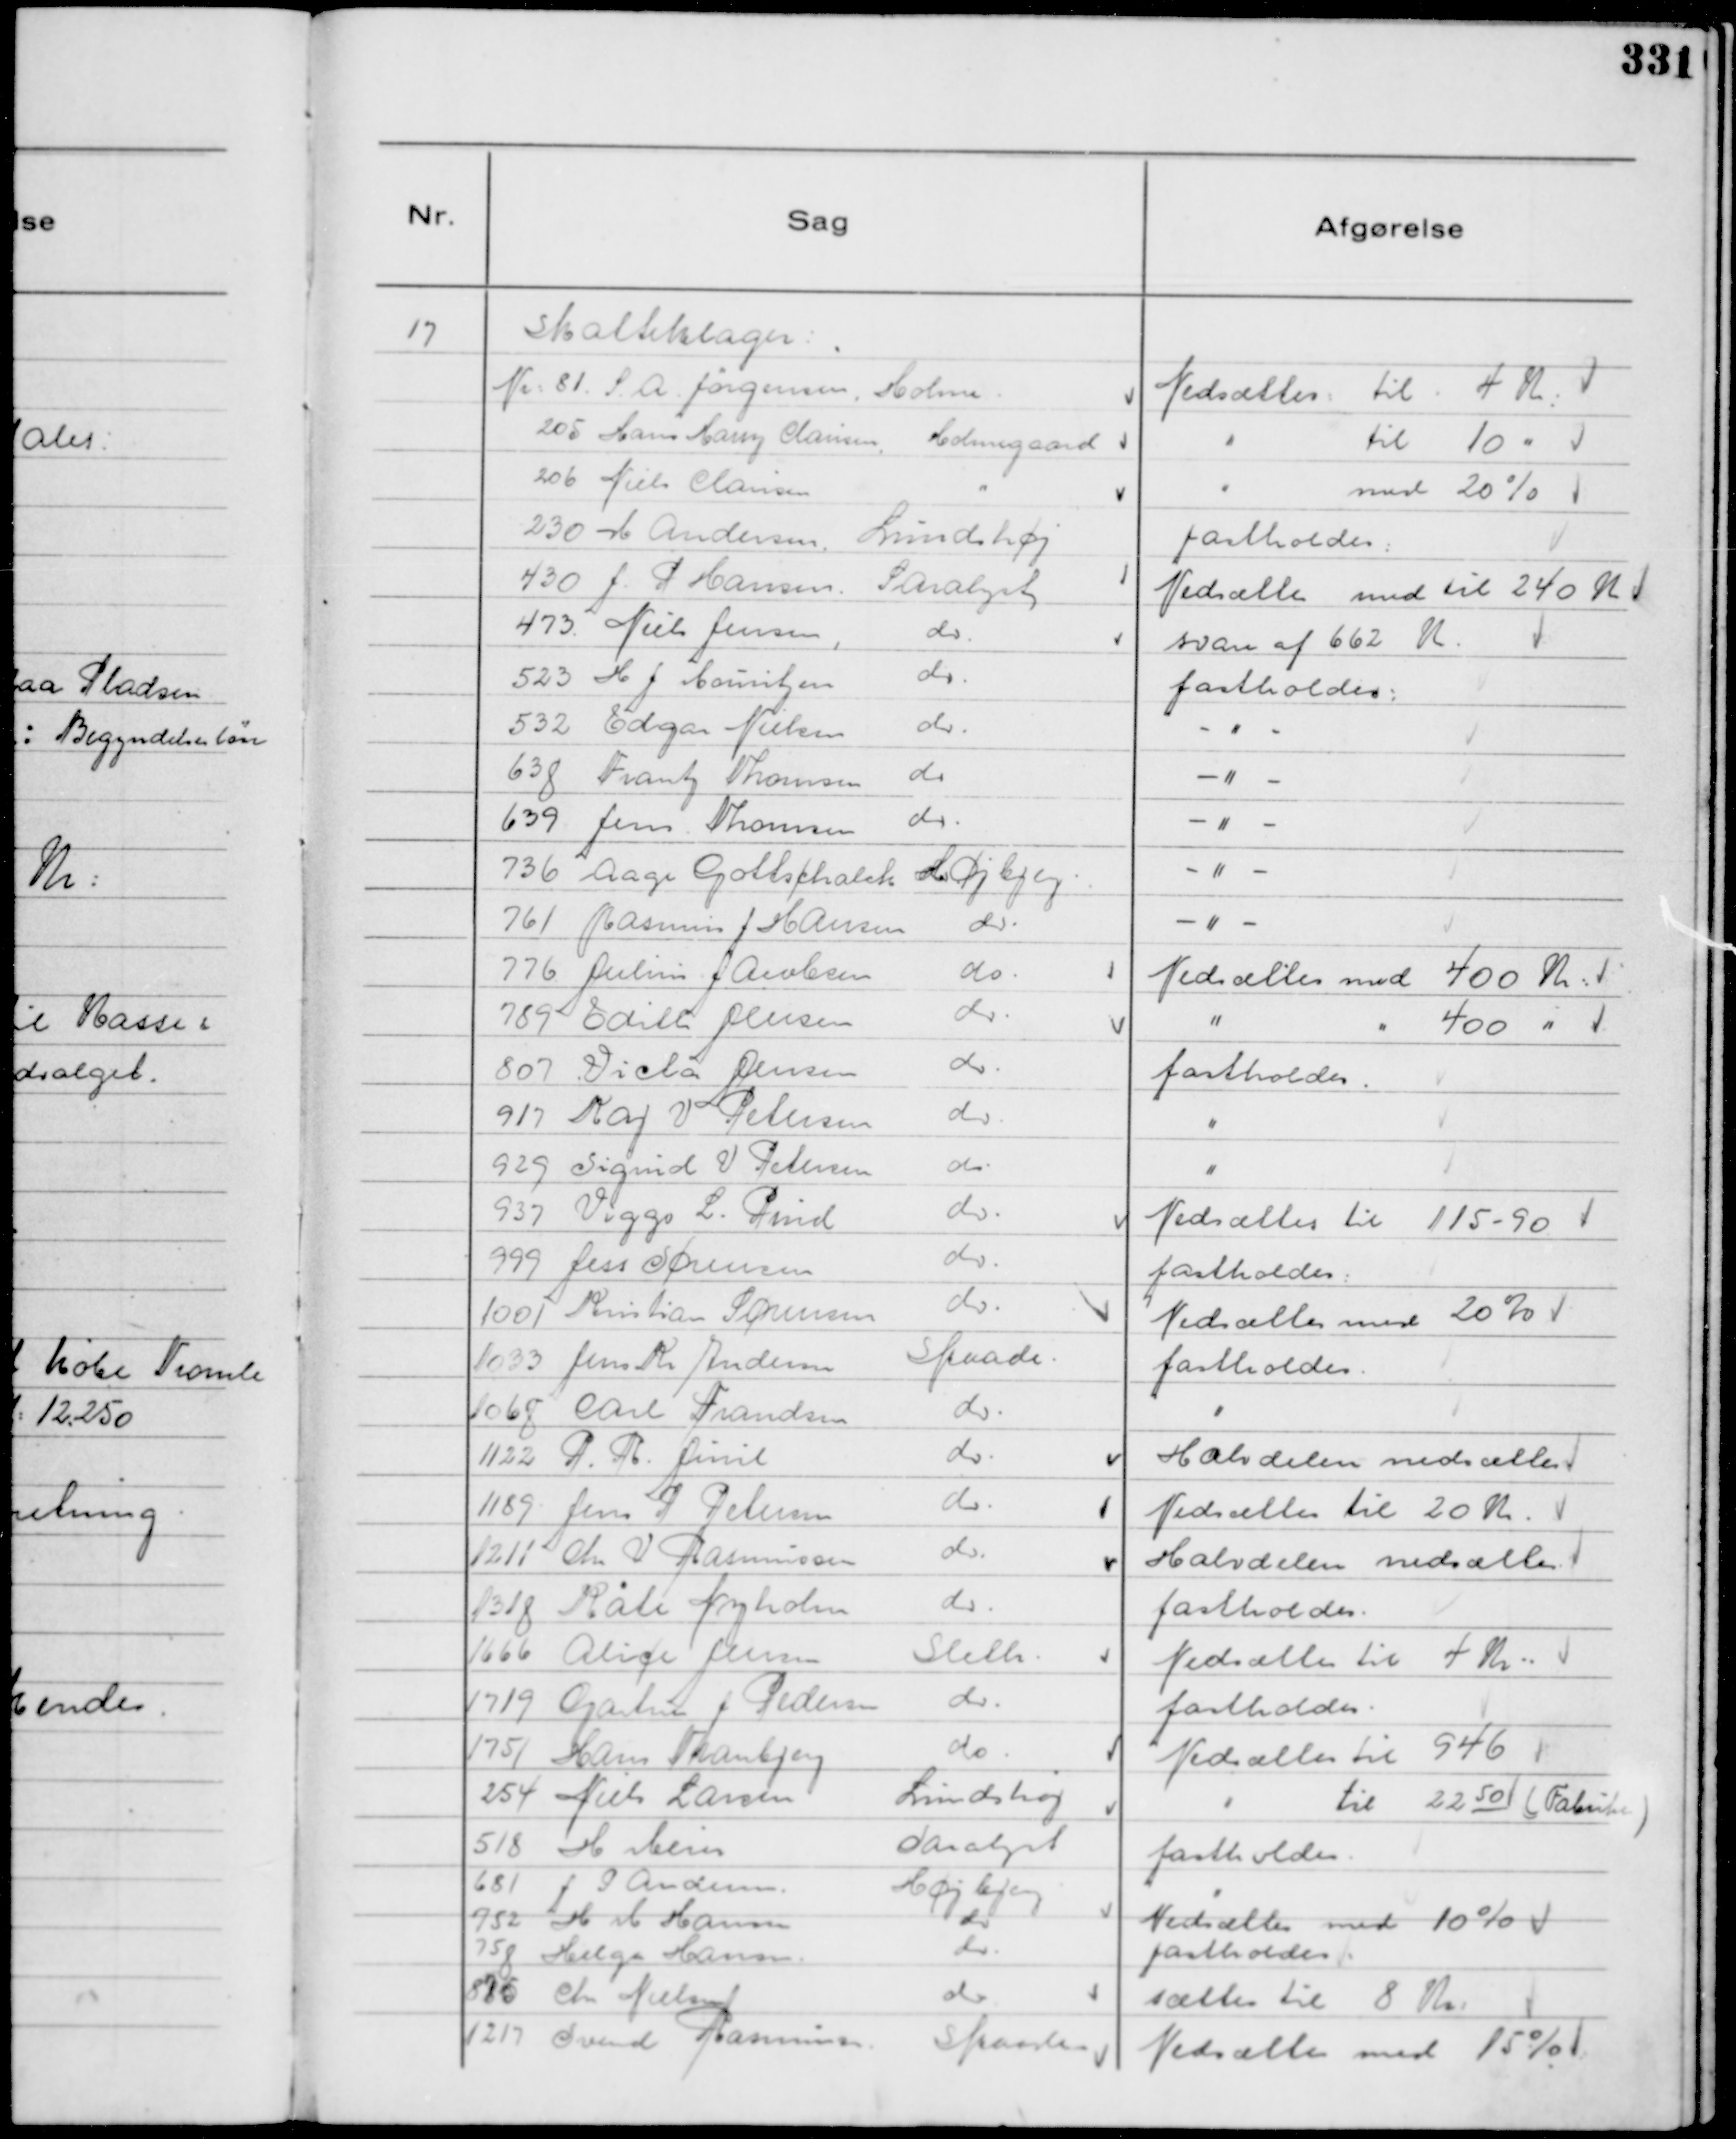
Transskription:
17
Skatteklager :
Nr: 81. S. A. Jørgensen, Holme
Nedsættes til 4 K.
205 Hans Harry Clausen,
Holmegaard
"
til 10 "
206 Niels Clausen
"
"
med 20%
230 M Andersen,
Lundshøj
fastholdes
430 J. P Hansen,
Saralyst
Nedsættes med til 240 K
473 Niels Jensen,
do.
svare af 662 K.
523 H J Mouritzen
do.
fastholdes:
532 Edgar Nielsen
do.
- " - 
638 Frantz Thomsen
do.
- " -
639 Jens Thomsen
do.
- " -
736 Aage Gottschalch
Højbjerg.
- " -
761 Rasmus J Hansen
do.
- " -
776 Julius Jacobsen
do.
Nedsættes med 400 Kr:
789 Edith Jensen
do.
"
" 400 "
807 Victor Jensen
do.
fastholdes.
917 Kaj V Petersen
do.
"
929 Sigurd V Petersen
do.
"
937 Viggo L. Pind
do.
Nedsættes til 115 - 90
999 Jess Sørensen
do.
fastholdes:
1001 Kristian Sørensen
do.
Nedsættes med 20%
1033 Jens Kr Andersen
Skaade.
fastholdes.
1068 Carl Frandsen
do.
"
1122 P. R. Juul
do.
Halvdelen nedsættes
1189 Jens P Petersen
do.
Nedsættes til 20 Kr.
1211 Chr V Rasmussen
do.
Halvdelen nedsættes.
1318 Kate Nyholm
do.
fastholdes.
1666 Alice Jensen
Sleth
Nedsættes til 4 Kr ..
1719 Gartner J Pedersen
do.
fastholdes.
1751 Hans Tranbjerg
do.
Nedsættes til 946
254 Niels Larsen
Lundshøj
"
til 22 50 ( Fabuhe )
518 H Mein
Saralyst
fastholdes.
681 J P Andersen.
Højbjerg
"
752 H M Hansen
do
Nedsættes med 10%
758 Helga Hansen.
do.
fastholdes.
875 Chr Nielsen
do.
sættes til 8 Kr.
1217 Svend Rasmussen
Skaade
Nedsættes med 15%